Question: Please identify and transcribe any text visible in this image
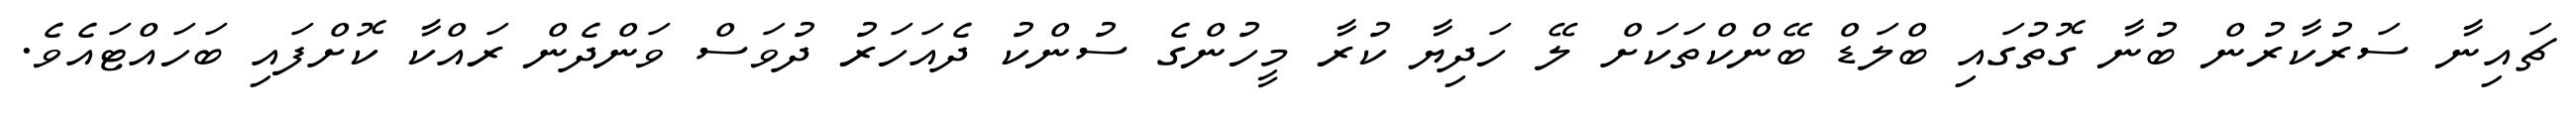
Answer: ޗައިނާ ސަރުކާރުން ބުނާ ގޮތުގައި ބްލަޑް ބޭންކްތަކަށް ލޭ ހަދިޔާ ކުރާ މީހުންގެ ސުންކު ދެއަހަރު ދުވަސް ވަންދެން ރައްކާ ކޮށްފައި ބަހައްޓައެވެ.